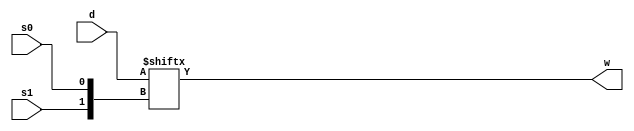
// Problem 2.1 from Verilog Digital System Design, 2nd ed, Navabi
// Solution Copyright (C) 2016 Toby Thain, toby@telegraphics.com.au

module Mpx4_1 (input s0, s1, input [3:0] d, output w);
  assign w = d[{s1,s0}];
endmodule